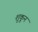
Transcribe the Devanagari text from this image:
शुकून